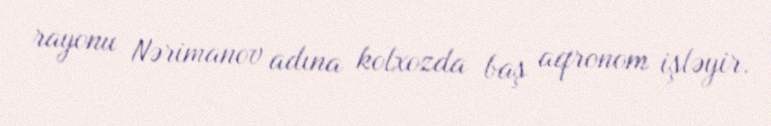
rayonu Nərimanov adına kolxozda baş aqronom işləyir.